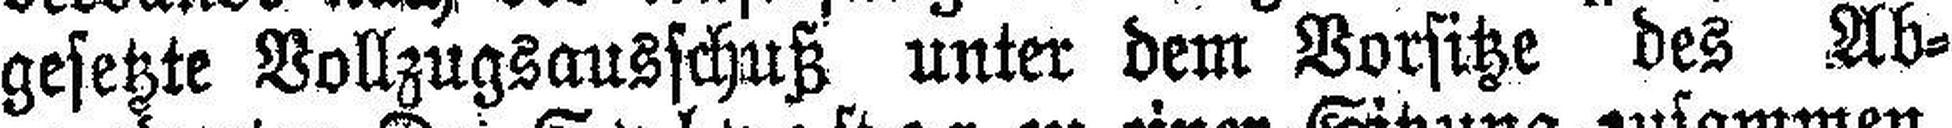
gesetzte Vollzugsausschuß unter dem Vorsitze des Ab¬